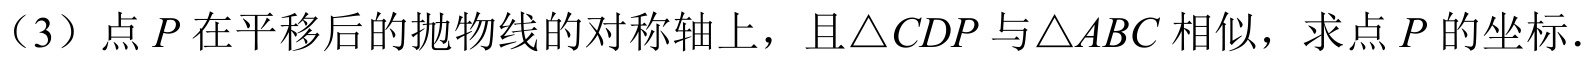
（3）点 \(P\) 在平移后的抛物线的对称轴上，且\(\triangle CDP\) 与\(\triangle ABC\) 相似，求点 \(P\) 的坐标.